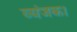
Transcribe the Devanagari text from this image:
व्यंजक।